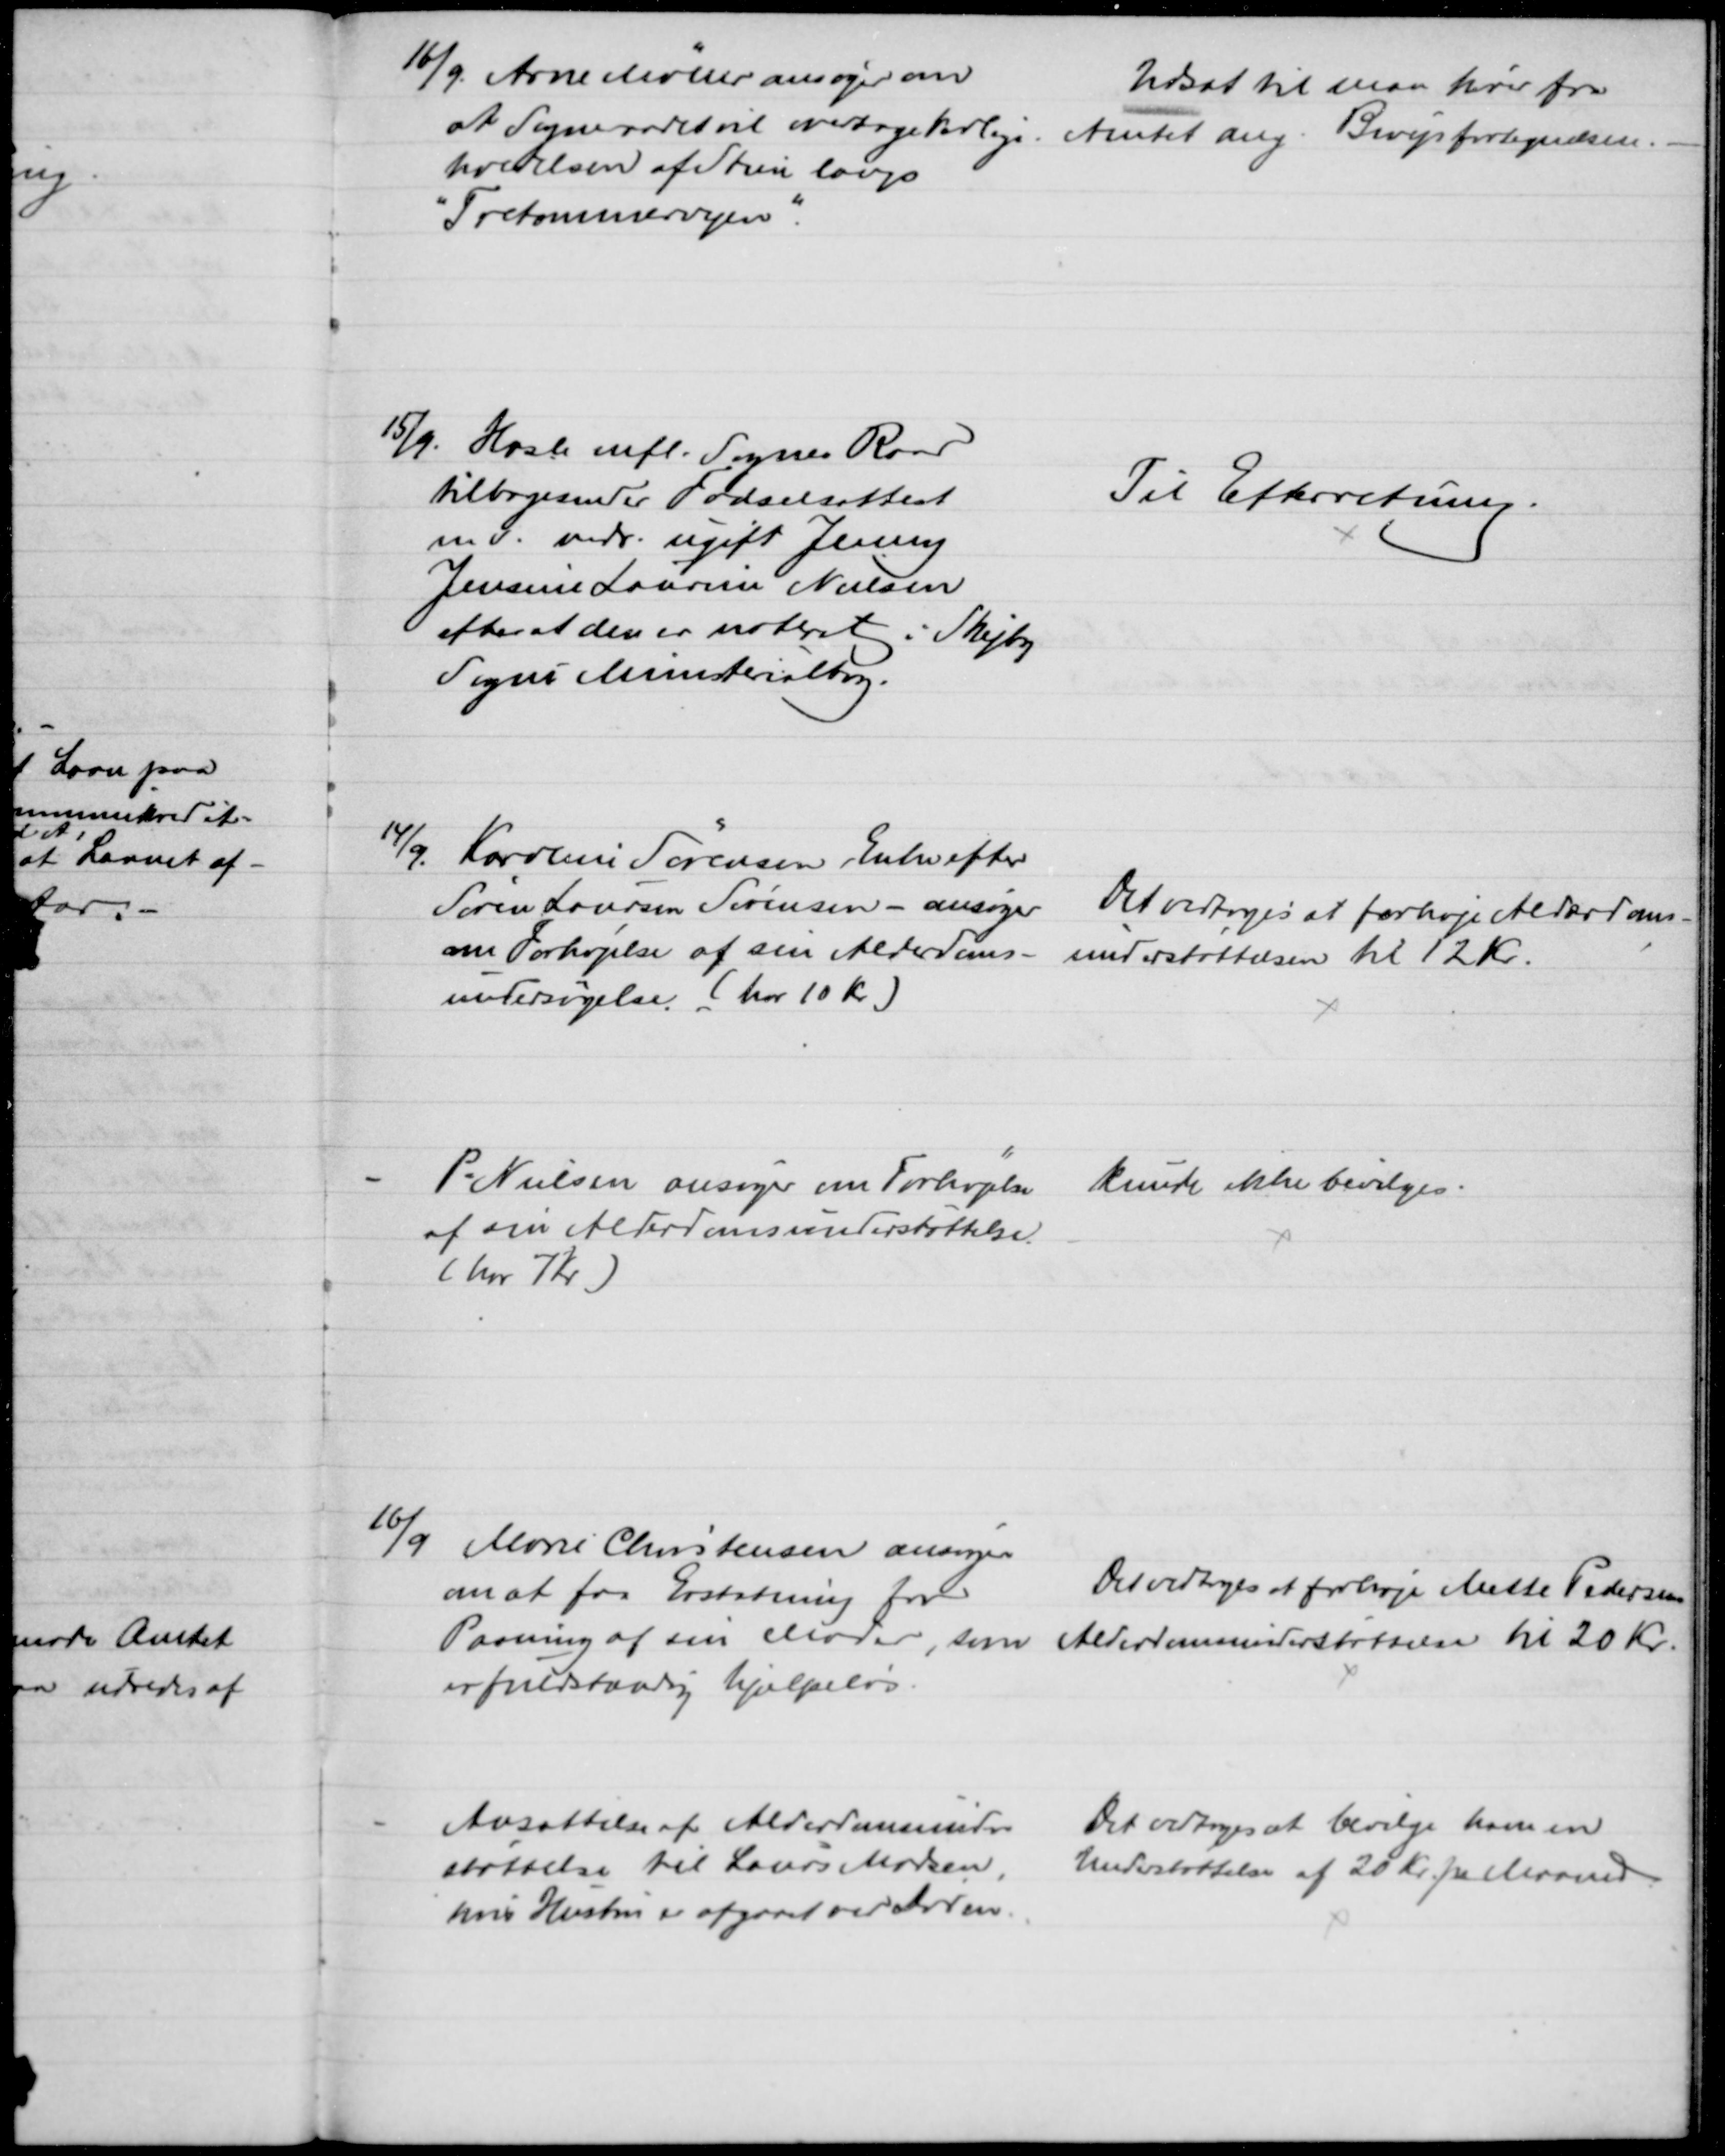
Transskription:
16/9. Arne Møller ansøger om
at Sognerådet vil overtage Vedlige-
holdelsen af Stien langs
"Tretommervejen".
Udsat til man hører fra
Amtet ang. Bivejsfortegnelsen.
15/9. Hasle mfl. Sognes Raad
tilbagesender Fødselsattest
mv. vedr. ugift Jenny
Jensine Laurine Nielsen
efter at den er noteret i Skejby
Sogns Ministerialbog.
Til Efterretning.
14/9. Karoline Sørensen, Enke efter
Søren Laursen Sørensen - ansøger
om Forhøjelse af sin Alderdoms-
undersøgelse. (har 10 Kr)
Det vedtoges at forhøje Alderdoms-
understøttelsen til 12 Kr.
P. Nielsen ansøger om Forhøjelse 
af sin Alderdomsunderstøttelse
( har 7 Kr)
kunde ikke bevilges.
16/9 Marie Christensen ansøger
om at faa Erstatning for
Pasning af sin Moder, som 
er fuldstændig hjælpeløs.
Det vedtoges at forhøje Mette Pedersens
Alderdomsunderstøttelse til 20 Kr.
Ansættelse af Alderdomsunder-
støttelse til Laurs Madsen.
hvis Hustru er afgøret ved Døden
Det vedtoges at bevilge ham en
Understøttelse af 20 Kr. pr Maaned